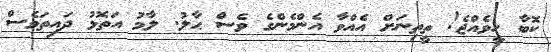
ކޮބާ ހީވެއްޖެ! ތީތިނަށް އެއްވާ އެންމެންގެ ވެސް ޙާލު. ލާމު އަތޮޅު ދައިތަވެސް